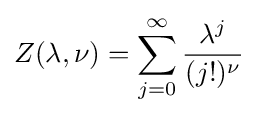
Z(\lambda ,\nu )=\sum _{j=0}^{\infty }{\frac {\lambda ^{j}}{(j!)^{\nu }}}